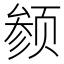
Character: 𬱬